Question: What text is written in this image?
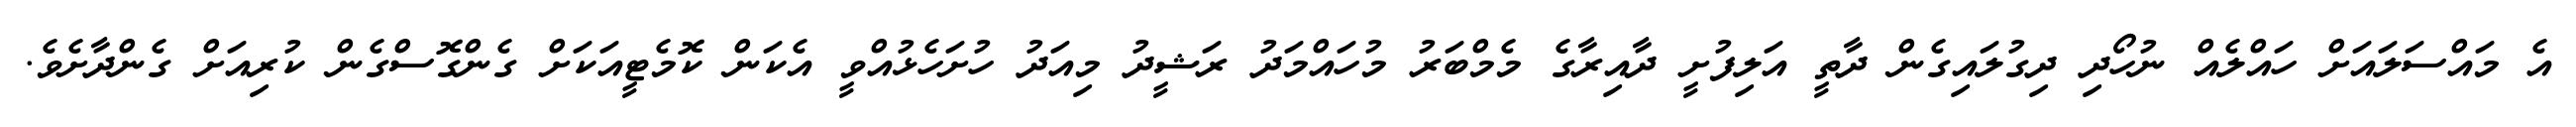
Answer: އެ މައްސަލައަށް ހައްލެއް ނުހޯދި ދިގުލައިގެން ދާތީ އަލިފުށީ ދާއިރާގެ މެމްބަރު މުހައްމަދު ރަޝީދު މިއަދު ހުށަހެޅުއްވީ އެކަން ކޮމެޓީއަކަށް ގެންގޮސްގެން ކުރިއަށް ގެންދާށެވެ.